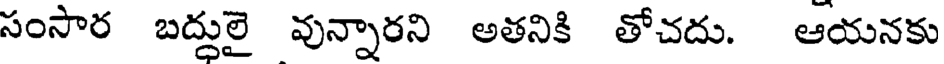
సంసార బద్దులై వున్నారని అతనికి తోచదు. ఆయనకు